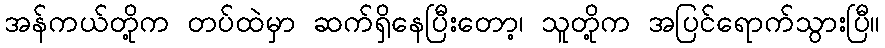
အန်ကယ်တို့က တပ်ထဲမှာ ဆက်ရှိနေပြီးတော့၊ သူတို့က အပြင်ရောက်သွားပြီ။